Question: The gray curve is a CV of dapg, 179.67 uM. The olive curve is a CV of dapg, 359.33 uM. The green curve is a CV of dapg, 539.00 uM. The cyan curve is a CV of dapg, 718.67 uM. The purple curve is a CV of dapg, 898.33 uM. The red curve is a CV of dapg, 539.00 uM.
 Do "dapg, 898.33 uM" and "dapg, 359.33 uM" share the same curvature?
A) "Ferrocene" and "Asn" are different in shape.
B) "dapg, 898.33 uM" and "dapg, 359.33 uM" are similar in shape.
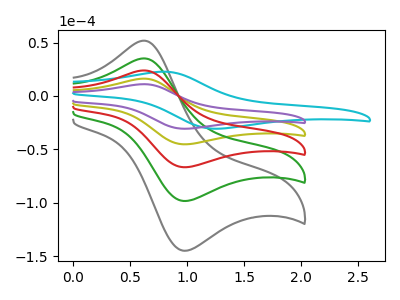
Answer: <think>The gray curve "dapg, 179.67 uM" has an anodic peak at (0.65V, 64.70uA) and a cathodic peak at (1.00V, -181.20uA). The olive curve "dapg, 359.33 uM" has an anodic peak at (0.65V, 16.15uA) and a cathodic peak at (1.00V, -45.30uA). The green curve "dapg, 539.00 uM" has an anodic peak at (0.65V, 48.50uA) and a cathodic peak at (1.00V, -135.90uA). The cyan curve "dapg, 718.67 uM" has an anodic peak at (0.80V, 22.70uA) and a cathodic peak at (1.30V, -30.75uA). The purple curve "dapg, 898.33 uM" has an anodic peak at (0.65V, 11.00uA) and a cathodic peak at (1.00V, -30.75uA). The red curve "dapg, 539.00 uM" has an anodic peak at (0.65V, 32.35uA) and a cathodic peak at (1.00V, -90.60uA).
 All the peaks in "dapg, 898.33 uM" have a peak in "dapg, 359.33 uM" at the same potential. Every peak in "dapg, 898.33 uM" is lower than every peak in "dapg, 359.33 uM".</think>
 <answer>B) "dapg, 898.33 uM" and "dapg, 359.33 uM" are similar in shape.</answer>
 <eval>B</eval>